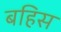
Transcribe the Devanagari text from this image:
बहिस